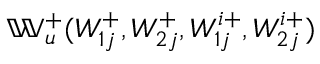
\mathbb { W } _ { u } ^ { + } ( W _ { 1 j } ^ { + } , W _ { 2 j } ^ { + } , W _ { 1 j } ^ { i + } , W _ { 2 j } ^ { i + } )